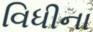
વિધીના